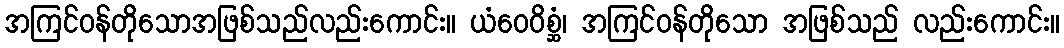
အကြင်ဝန်တိုသောအဖြစ်သည်လည်းကောင်း။ ယံဝေဝိစ္ဆံ၊ အကြင်ဝန်တိုသော အဖြစ်သည် လည်းကောင်း။